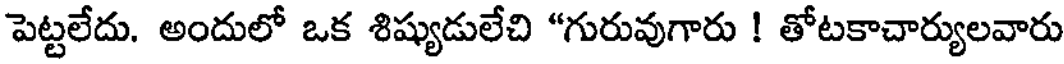
పెట్టలేదు. అందులో ఒక శిష్యుడులేచి "గురువుగారు ! తోటకాచార్యులవారు